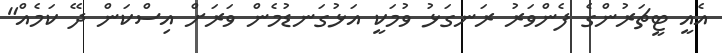
އެއީ ޓީޗަރުންގެ ފެންވަރު ރަނގަޅު ވުމަކީ އަޅުގަނޑުމެން ވަރަށް އިސްކަން ދޭ ކަމެއް"